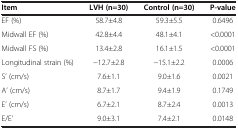
<table><thead><tr><td><b>Item</b></td><td><b>LVH (n=30)</b></td><td><b>Control (n=30)</b></td><td><b>P-value</b></td></tr></thead><tbody><tr><td>EF (%)</td><td>58.7±4.8</td><td>59.3±5.5</td><td>0.6496</td></tr><tr><td>Midwall EF (%)</td><td>42.8±4.4</td><td>48.1±4.1</td><td>&lt;0.0001</td></tr><tr><td>Midwall FS (%)</td><td>13.4±2.8</td><td>16.1±1.5</td><td>&lt;0.0001</td></tr><tr><td>Longitudinal strain (%)</td><td>−12.7±2.8</td><td>−15.1±2.2</td><td>0.0006</td></tr><tr><td>S’ (cm/s)</td><td>7.6±1.1</td><td>9.0±1.6</td><td>0.0021</td></tr><tr><td>A’ (cm/s)</td><td>8.7±1.7</td><td>9.4±1.9</td><td>0.1749</td></tr><tr><td>E’ (cm/s)</td><td>6.7±2.1</td><td>8.7±2.4</td><td>0.0013</td></tr><tr><td>E/E’</td><td>9.0±3.1</td><td>7.4±2.1</td><td>0.0148</td></tr></tbody></table>